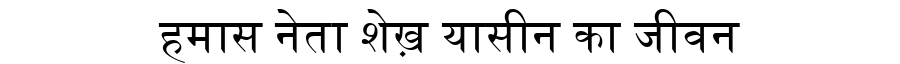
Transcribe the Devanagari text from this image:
हमास नेता शेख़ यासीन का जीवन